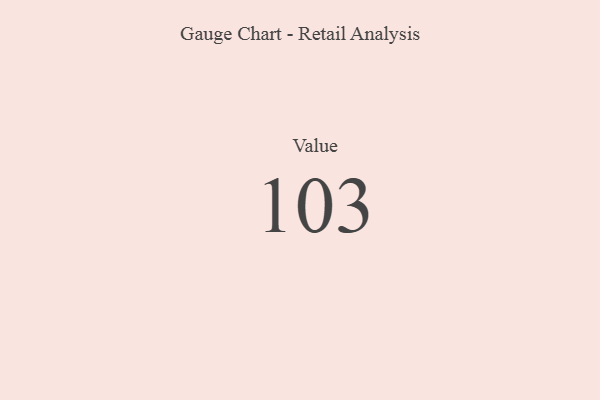
{"axis": {"x": "Metric", "y": "Value"}, "legend": [""], "data": [{"x": "Value", "y": 103, "type": ""}]}